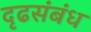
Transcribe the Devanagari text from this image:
दृढसंबंध